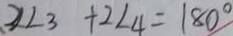
2 \angle 3 + 2 \angle 4 = 1 8 0 ^ { \circ }